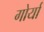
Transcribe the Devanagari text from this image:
गोर्यां